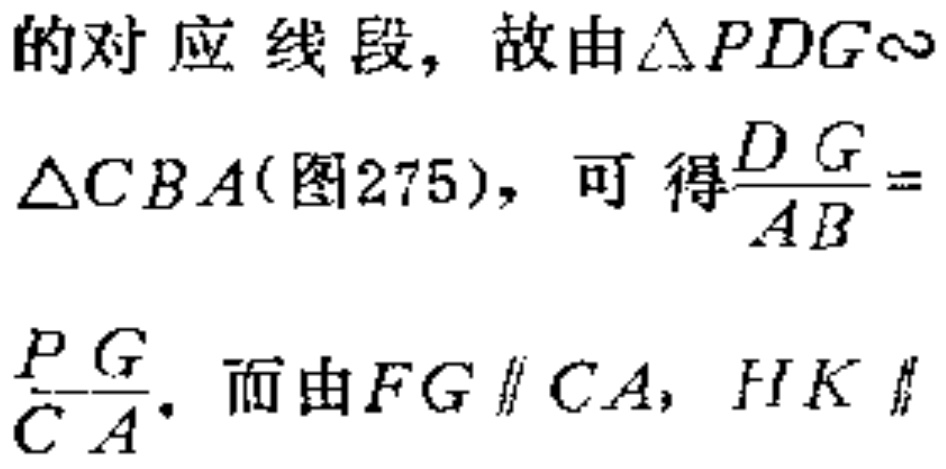
的对应线段，故由$\triangle PDG\sim$
$\triangle CBA$(图275)，可得$\dfrac{DG}{AB}=$
$\dfrac{PG}{CA}.$ 而由$FG\parallel CA$，$HK\parallel$